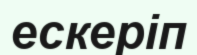
ескеріп